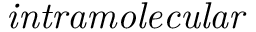
\it { i n t r a m o l e c u l a r }